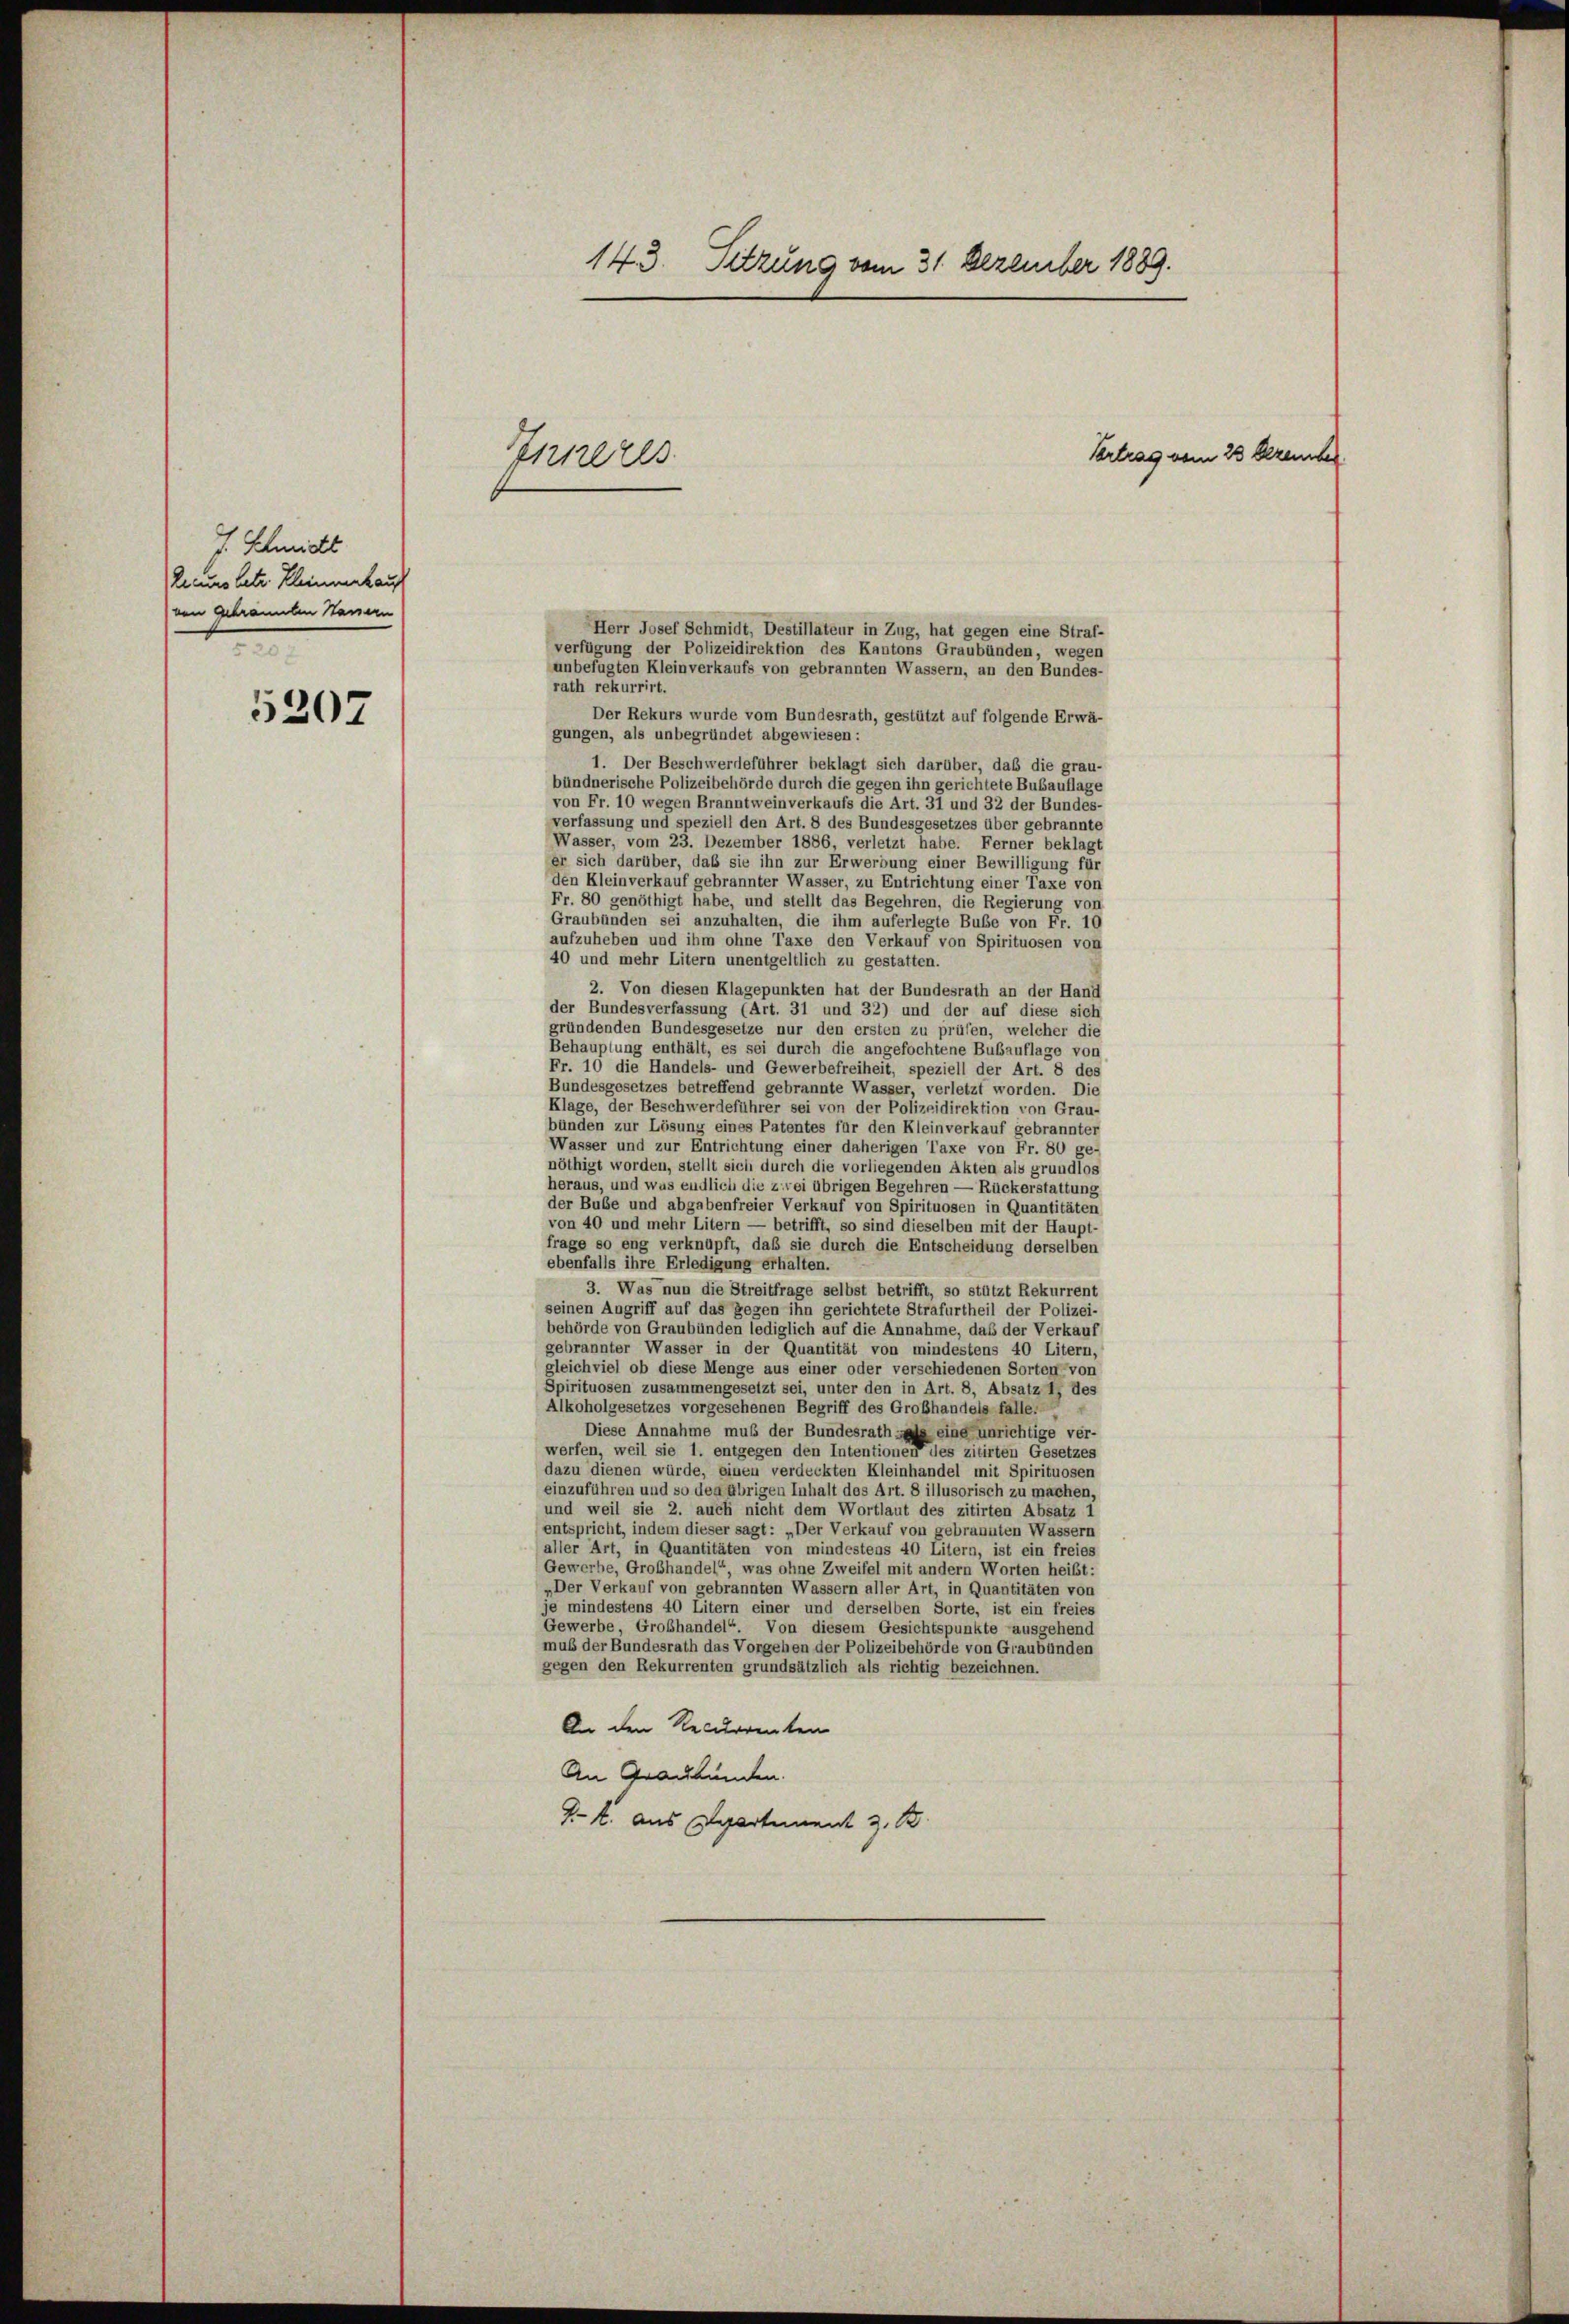
5207

v. Schmitt
Recurs betr. Kleinmal auf
von gebrannten Hassern
7

143. Sitzung vom 31. Dezember 1889.

1121223.

Herr Josef Schmidt, Destillateur in Zug, hat gegen eine Straf-
verfügung der Polizeidirektion des Kantons Graubünden, wegen
unbefugten Kleinverkaufs von gebrannten Wassern, an den Bundes-
rath rekurrirt.
Der Rekurs wurde vom Bundesrath, gestützt auf folgende Erwä-
gungen, als unbegründet abgewiesen:
1. Der Beschwerdeführer beklagt sich darüber, daß die grau-
bündnerische Polizeibehörde durch die gegen ihn gerichtete Bubauflage
von Fr. 10 wegen Branntweinverkaufs die Art. 31 und 32 der Bundes-
verfassung und speziell den Art. 8 des Bundesgesetzes über gebrannte
Wasser, vom 23. Dezember 1886, verletzt habe. Ferner beklagt
er sich darüber, daß sie ihn zur Erwerbung einer Bewilligung für
den Kleinverkauf gebrannter Wasser, zu Entrichtung einer Taxe von
Fr. 80 genöthigt habe, und stellt das Begehren, die Regierung von
Graubünden sei anzuhalten, die ihm auferlegte Bube von Fr. 10
aufzuheben und ihm ohne Taxe den Verkauf von Spirituosen von
40 und mehr Litern unentgeltlich zu gestatten.
2. Von diesen Klagepunkten hat der Bundesrath an der Hand
der Bundesverfassung (Art. 31 und 32) und der auf diese sich
gründenden Bundesgesetze nur den ersten zu prüfen, welcher die
Behauptung enthält, es sei durch die angefochtene Bubauflage von
Fr. 10 die Handels- und Gewerbefreiheit, speziell der Art. 8 des
Bundesgesetzes betreffend gebrannte Wasser, verletzt worden. Die
Klage, der Beschwerdeführer sei von der Polizeidirektion von Grau-
bünden zur Lösung eines Patentes für den Kleinverkauf gebrannter
Wasser und zur Entrichtung einer daherigen Taxe von Fr. 80 ge-
nöthigt worden, stellt sich durch die vorliegenden Akten als grundlos
heraus, und was endlich die zwei übrigen Begehren — Rückerstattung
der Bube und abgabenfreier Verkauf von Spirituosen in Quantitäten
von 40 und mehr Litern — betrifft, so sind dieselben mit der Haupt-
frage so eng verknüpft, daß sie durch die Entscheidung derselben
ebenfalls ihre Erledigung erhalten.
3. Was nun die Streitfrage selbst betrifft, so stützt Rekurrent
seinen Angriff auf das gegen ihn gerichtete Strafurtheil der Polizei-
behörde von Graubünden lediglich auf die Annahme, daß der Verkauf
gebrannter Wasser in der Quantität von mindestens 40 Litern,
gleichviel ob diese Menge aus einer oder verschiedenen Sorten von
Spirituosen zusammengesetzt sei, unter den in Art. 8, Absatz 1 des
Alkoholgesetzes vorgesehenen Begriff des Großhandels falle.
Diese Annahme muß der Bundesrath als eine unrichtige ver-
werfen, weil sie 1. entgegen den Intentionen des zitirten Gesetzes
dazu dienen würde, einen verdeckten Kleinhandel mit Spirituosen
einzuführen und so den übrigen Inhalt des Art. 8 illusorisch zu machen.
und weil sie 2. auch nicht dem Wortlaut des zitirten Absatz 1
entspricht, indem dieser sagt: „Der Verkauf von gebrannten Wassern
aller Art, in Quantitäten von mindestens 40 Litern, ist ein freies
Gewerbe, Großhandel“, was ohne Zweifel mit andern Worten heißt:
„Der Verkauf von gebrannten Wassern aller Art, in Quantitäten von
je mindestens 40 Litern einer und derselben Sorte, ist ein freies
Gewerbe, Großhandel“. Von diesem Gesichtspunkte ausgehend
mus der Bundesrath das Vorgehen der Polizeibehörde von Graubünden
gegen den Rekurrenten grundsätzlich als richtig bezeichnen.
An den Recurrenten
An Graubünden.
J. K. aus Departement z. B.

Vertrag vom 28 Dezember